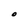
Character: O